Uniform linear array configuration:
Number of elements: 4
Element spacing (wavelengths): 0.75
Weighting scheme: kaiser
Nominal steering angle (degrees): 60
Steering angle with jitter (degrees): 59.793
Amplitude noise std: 0.05
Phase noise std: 0.05

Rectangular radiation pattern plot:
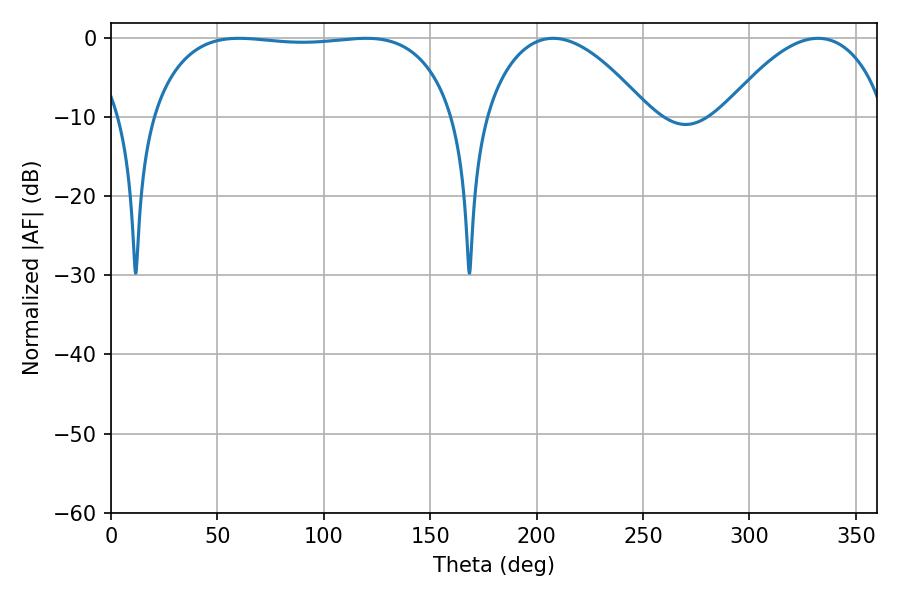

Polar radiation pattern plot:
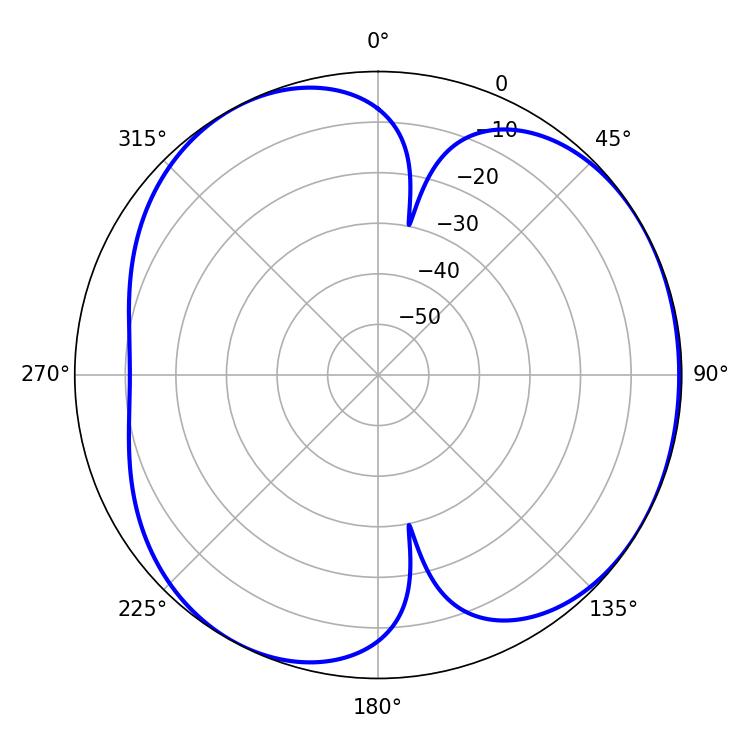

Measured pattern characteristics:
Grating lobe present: TRUE
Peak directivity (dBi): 4.326
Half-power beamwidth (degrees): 113.04
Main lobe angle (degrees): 60.12